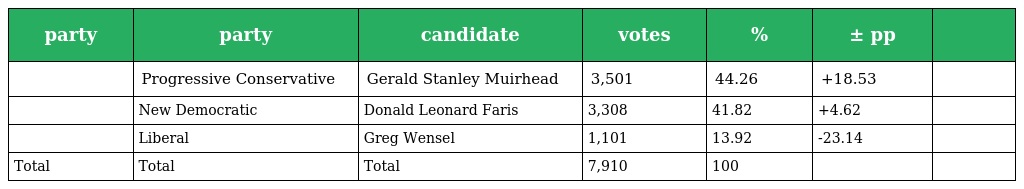
| party | party | candidate | votes | % | ± pp |  |
 | --- | --- | --- | --- | --- | --- | --- |
 |  | Progressive Conservative | Gerald Stanley Muirhead | 3,501 | 44.26 | +18.53 |  |
 |  | New Democratic | Donald Leonard Faris | 3,308 | 41.82 | +4.62 |  |
 |  | Liberal | Greg Wensel | 1,101 | 13.92 | -23.14 |  |
 | Total | Total | Total | 7,910 | 100 |  |  |